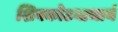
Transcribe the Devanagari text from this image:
शिवकोटयाचार्य